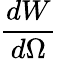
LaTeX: \frac{dW}{d\Omega}